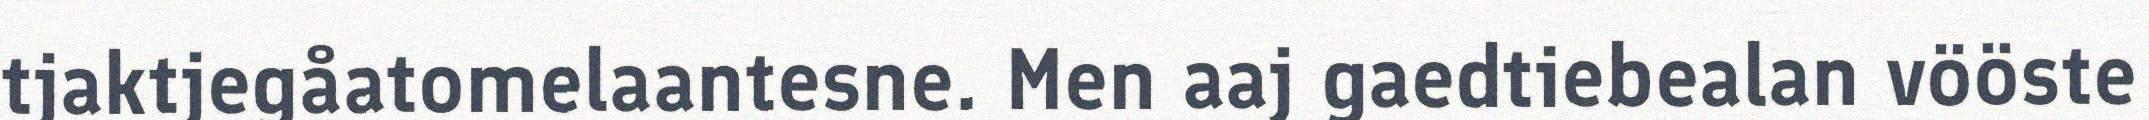
tjaktjegåatomelaantesne. Men aaj gaedtiebealan vööste